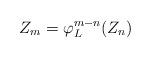
LaTeX: \begin{align*} Z_m = \varphi_L^{m-n}(Z_n)\end{align*}